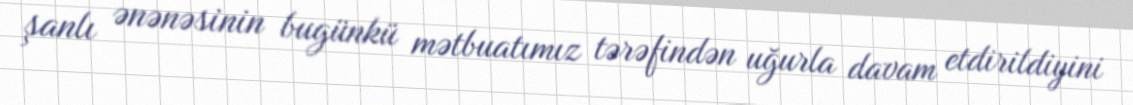
şanlı ənənəsinin bugünkü mətbuatımız tərəfindən uğurla davam etdirildiyini